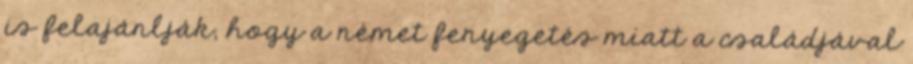
is felajánlják, hogy a német fenyegetés miatt a családjával